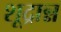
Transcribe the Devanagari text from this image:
शूद्रान्न